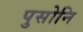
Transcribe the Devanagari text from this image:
पुसोनि